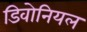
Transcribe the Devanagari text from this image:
डिवोनियल